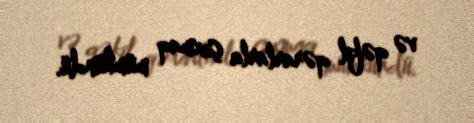
və qəfil qərarlarla çıxmaq mümkündü.